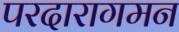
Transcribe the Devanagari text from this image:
परदारागमन